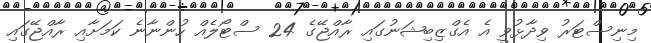
މިނިސްޓަރު ވިދާޅުވީ އެ އެގްޒިބިޝަނުގައި ރާއްޖޭގެ 24 ސްޓޯލެއް ހުންނާނެ ކަމަށާއި ރާއްޖޭގައި